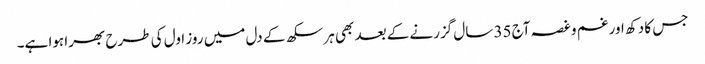
جس کا دکھ اور غم و غصہ آج 35 سال گزرنے کے بعد بھی ہر سکھ کے دل میں روز اول کی طرح بھرا ہوا ہے۔